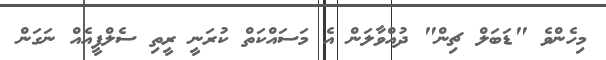
މިހެންވެ "ޑަބަލް ޗިން" ދުއްވާލަން އެ މަސައްކަތް ކުރަނީ ރީތި ސެލްފީއެއް ނަގަން